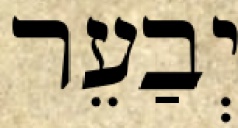
יְבַעֵר